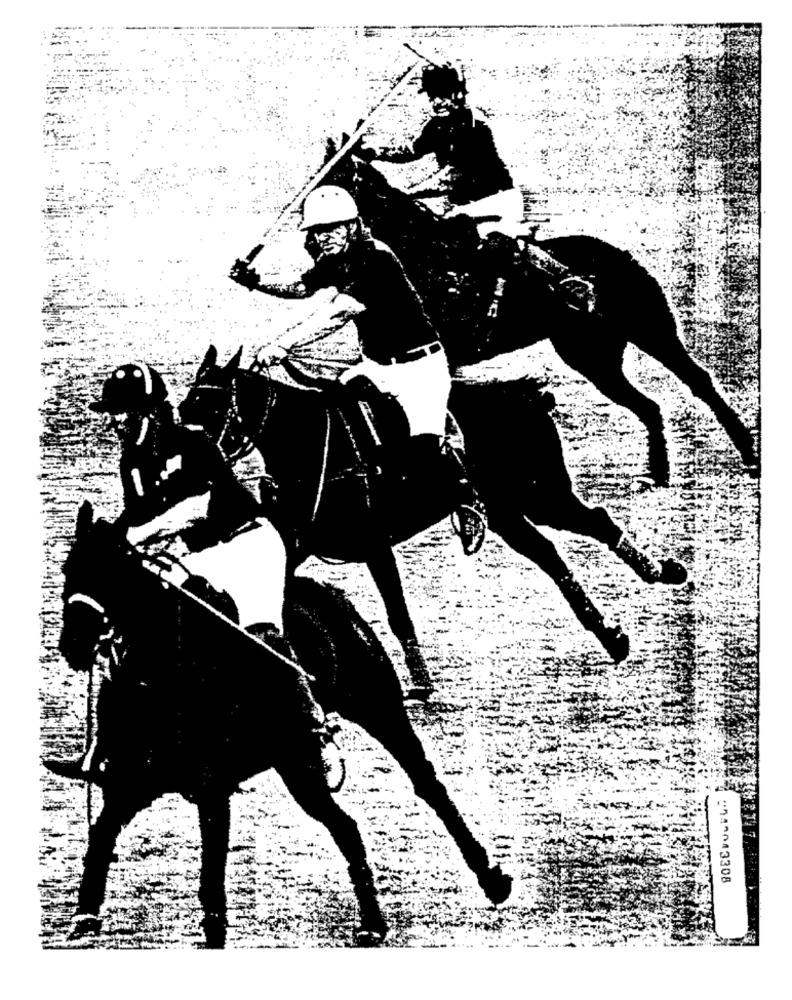
"74-13308